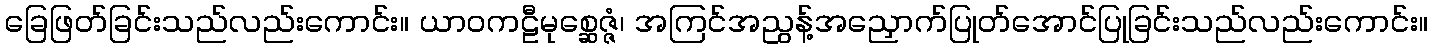
ခြေဖြတ်ခြင်းသည်လည်းကောင်း။ ယာဝကဠီမုစ္ဆေဇ္ဇံ၊ အကြင်အညွန့်အညှောက်ပြုတ်အောင်ပြုခြင်းသည်လည်းကောင်း။